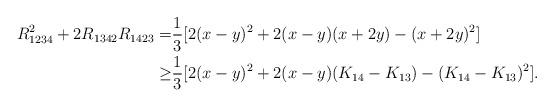
LaTeX: \begin{align*}R_{1234}^2 + 2 R_{1342} R_{1423}=& \frac 13 [ 2(x-y)^2 + 2(x-y)(x+2y) - (x+2y)^2 ]\\\ge& \frac 13 [ 2(x-y)^2 + 2(x-y)(K_{14}-K_{13}) - (K_{14}-K_{13})^2 ].\\\end{align*}